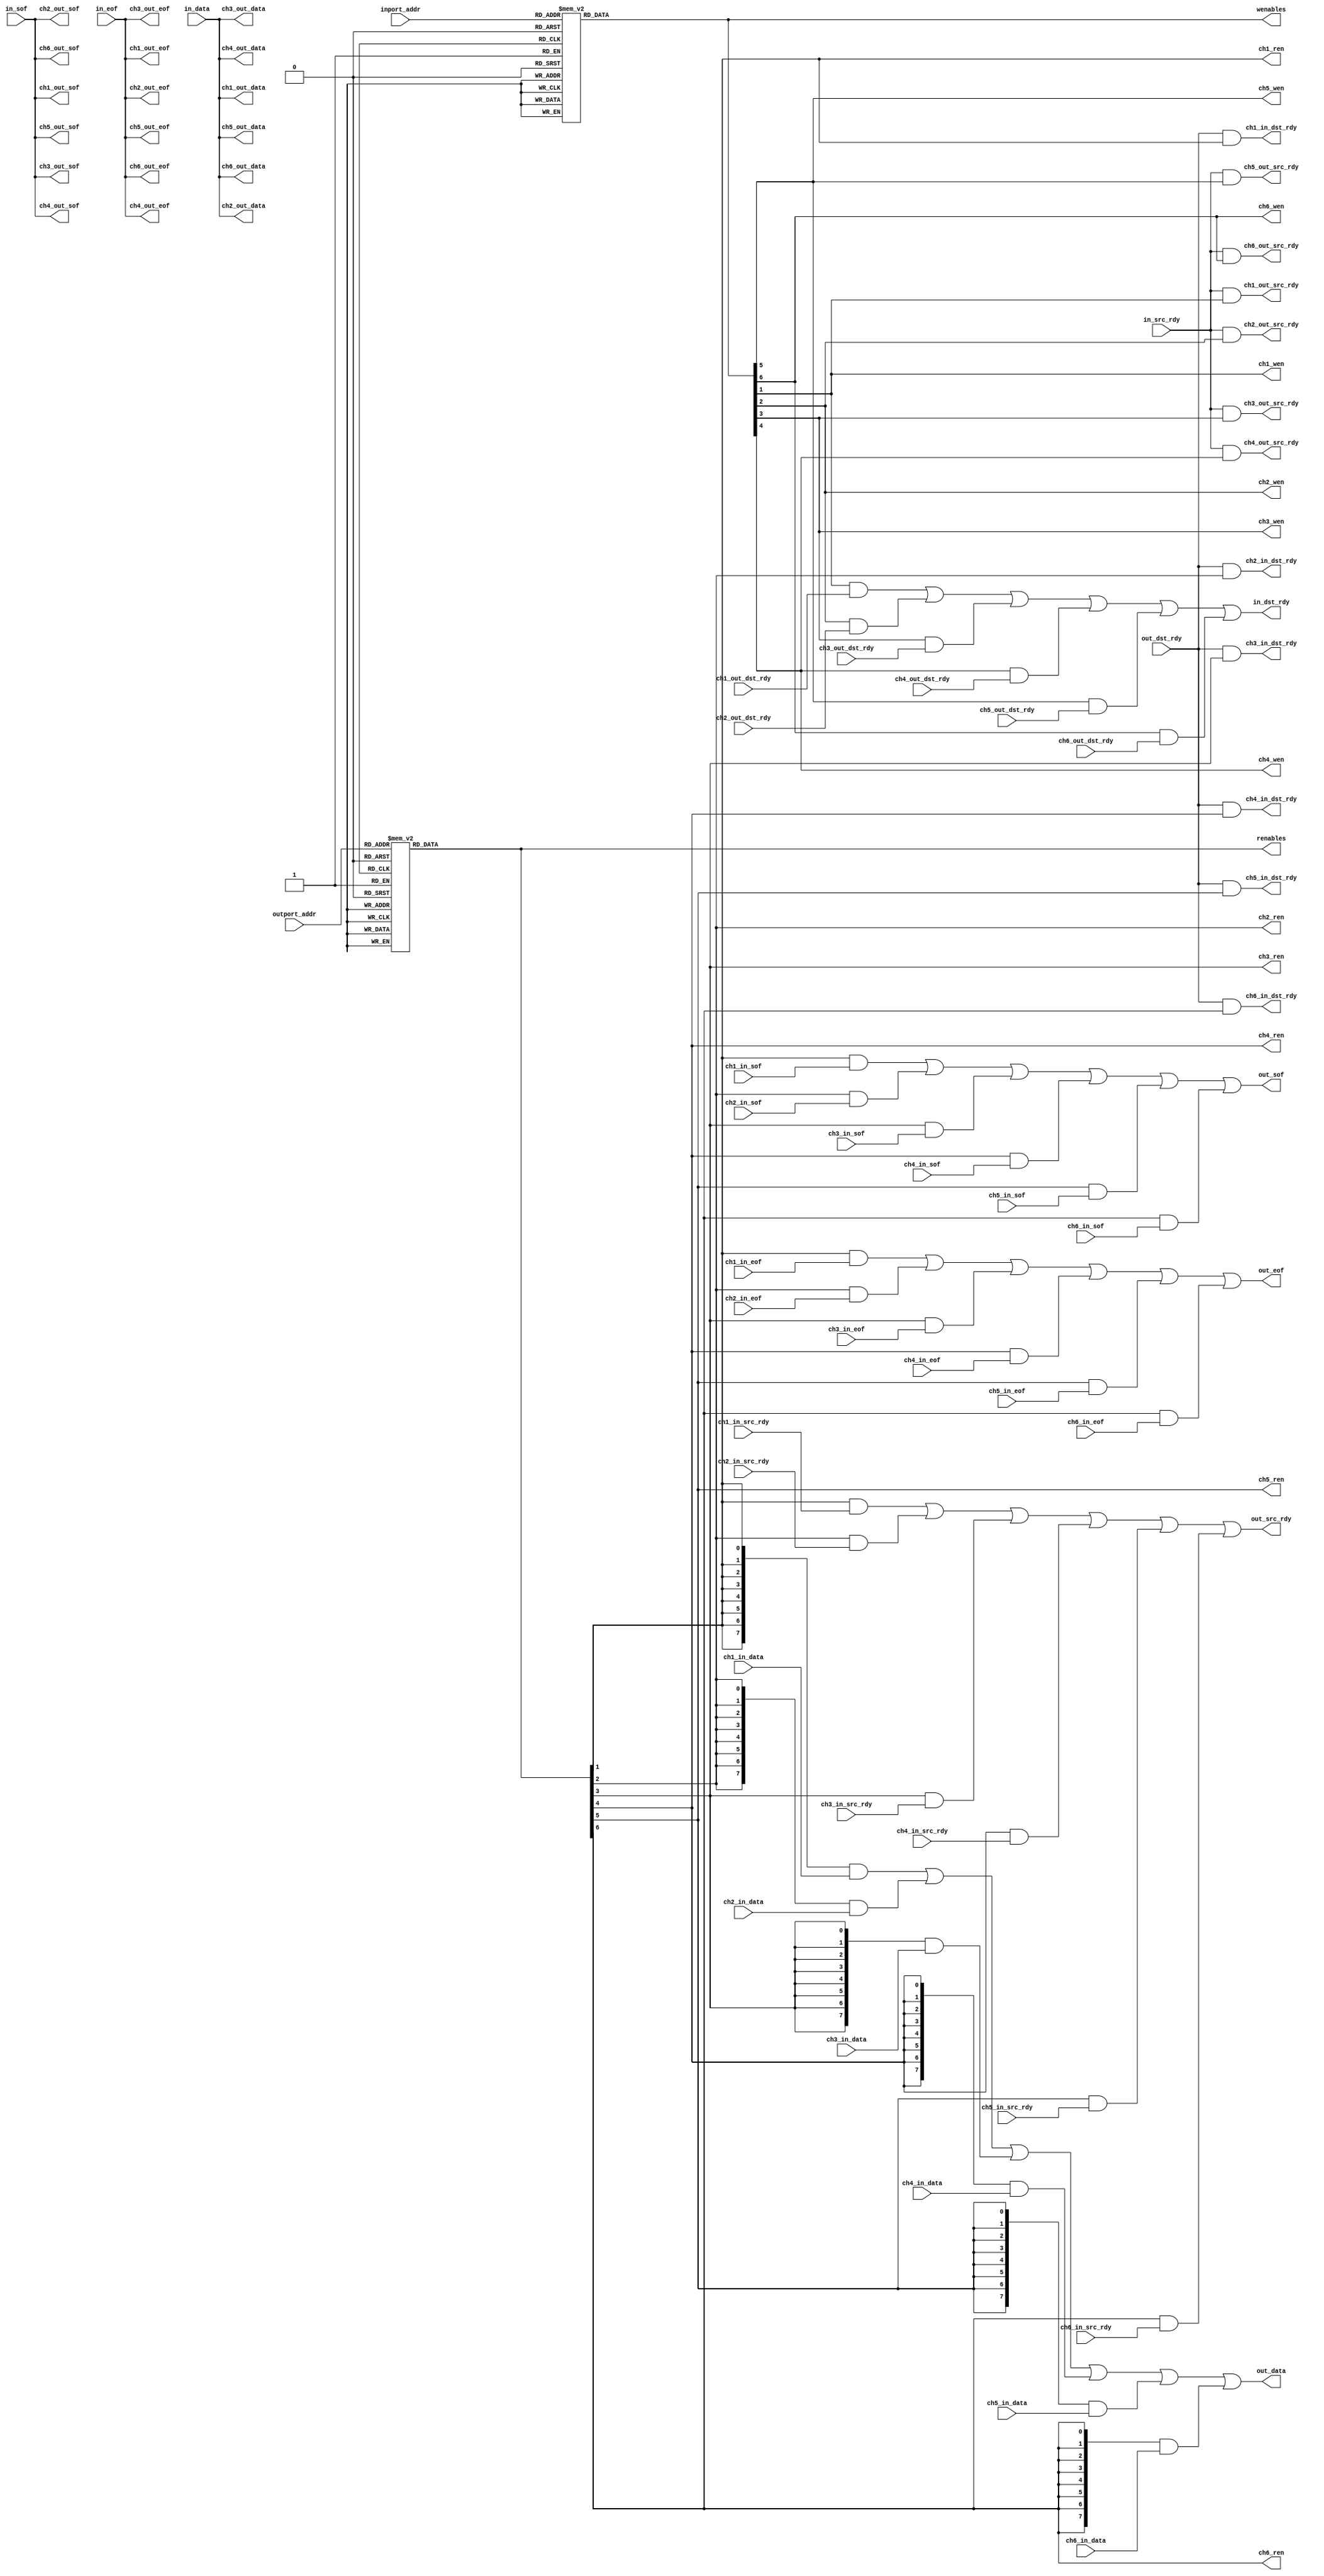
// FCP Channel Interface

module channelif6
(
	// To ethernet platform
	input					in_sof,
	input					in_eof,
	input					in_src_rdy,
	output				in_dst_rdy,
	input		[7:0]		in_data,
	input		[3:0]		inport_addr,
	output				out_sof,
	output				out_eof,
	output				out_src_rdy,
	input					out_dst_rdy,
	output	[7:0]		out_data,
	input		[3:0]		outport_addr,
	// Channel 1 
	input					ch1_in_sof,
	input					ch1_in_eof,
	input					ch1_in_src_rdy,
	output				ch1_in_dst_rdy,
	input		[7:0]		ch1_in_data,
	output				ch1_out_sof,
	output				ch1_out_eof,
	output				ch1_out_src_rdy,
	input					ch1_out_dst_rdy,
	output	[7:0]		ch1_out_data,
	output				ch1_wen,
	output				ch1_ren,
	// Channel 2 
	input					ch2_in_sof,
	input					ch2_in_eof,
	input					ch2_in_src_rdy,
	output				ch2_in_dst_rdy,
	input		[7:0]		ch2_in_data,
	output				ch2_out_sof,
	output				ch2_out_eof,
	output				ch2_out_src_rdy,
	input					ch2_out_dst_rdy,
	output	[7:0]		ch2_out_data,
	output				ch2_wen,
	output				ch2_ren,
	// Channel 3 
	input					ch3_in_sof,
	input					ch3_in_eof,
	input					ch3_in_src_rdy,
	output				ch3_in_dst_rdy,
	input		[7:0]		ch3_in_data,
	output				ch3_out_sof,
	output				ch3_out_eof,
	output				ch3_out_src_rdy,
	input					ch3_out_dst_rdy,
	output	[7:0]		ch3_out_data,
	output				ch3_wen,
	output				ch3_ren,
	// Channel 4 
	input					ch4_in_sof,
	input					ch4_in_eof,
	input					ch4_in_src_rdy,
	output				ch4_in_dst_rdy,
	input		[7:0]		ch4_in_data,
	output				ch4_out_sof,
	output				ch4_out_eof,
	output				ch4_out_src_rdy,
	input					ch4_out_dst_rdy,
	output	[7:0]		ch4_out_data,
	output				ch4_wen,
	output				ch4_ren,
	// Channel 5 
	input					ch5_in_sof,
	input					ch5_in_eof,
	input					ch5_in_src_rdy,
	output				ch5_in_dst_rdy,
	input		[7:0]		ch5_in_data,
	output				ch5_out_sof,
	output				ch5_out_eof,
	output				ch5_out_src_rdy,
	input					ch5_out_dst_rdy,
	output	[7:0]		ch5_out_data,
	output				ch5_wen,
	output				ch5_ren,
	// Channel 6 
	input					ch6_in_sof,
	input					ch6_in_eof,
	input					ch6_in_src_rdy,
	output				ch6_in_dst_rdy,
	input		[7:0]		ch6_in_data,
	output				ch6_out_sof,
	output				ch6_out_eof,
	output				ch6_out_src_rdy,
	input					ch6_out_dst_rdy,
	output	[7:0]		ch6_out_data,
	output				ch6_wen,
	output				ch6_ren,
	
	// To user logic
	output	[15:0]	wenables,
	output	[15:0]	renables
);

//-------------------------------------------------------------------------------------
//-------------------------------------------------------------------------------------
//                                          Channel-Enable Decoders
//-------------------------------------------------------------------------------------
//-------------------------------------------------------------------------------------

reg [15:0]		wenables_i;
reg [15:0]		renables_i;

always @(inport_addr)
begin
	case (inport_addr)
		4'h0 : wenables_i = 16'b0000000000000001;
		4'h1 : wenables_i = 16'b0000000000000010;
		4'h2 : wenables_i = 16'b0000000000000100;
		4'h3 : wenables_i = 16'b0000000000001000;
		4'h4 : wenables_i = 16'b0000000000010000;
		4'h5 : wenables_i = 16'b0000000000100000;
		4'h6 : wenables_i = 16'b0000000001000000;
		4'h7 : wenables_i = 16'b0000000010000000;
		4'h8 : wenables_i = 16'b0000000100000000;
		4'h9 : wenables_i = 16'b0000001000000000;
		4'hA : wenables_i = 16'b0000010000000000;
		4'hB : wenables_i = 16'b0000100000000000;
		4'hC : wenables_i = 16'b0001000000000000;
		4'hD : wenables_i = 16'b0010000000000000;
		4'hE : wenables_i = 16'b0100000000000000;
		4'hF : wenables_i = 16'b1000000000000000;
		default: wenables_i = 16'b0000000000000000;
	endcase
end

always @(outport_addr)
begin
	case (outport_addr)
		4'h0 : renables_i = 16'b0000000000000001;
		4'h1 : renables_i = 16'b0000000000000010;
		4'h2 : renables_i = 16'b0000000000000100;
		4'h3 : renables_i = 16'b0000000000001000;
		4'h4 : renables_i = 16'b0000000000010000;
		4'h5 : renables_i = 16'b0000000000100000;
		4'h6 : renables_i = 16'b0000000001000000;
		4'h7 : renables_i = 16'b0000000010000000;
		4'h8 : renables_i = 16'b0000000100000000;
		4'h9 : renables_i = 16'b0000001000000000;
		4'hA : renables_i = 16'b0000010000000000;
		4'hB : renables_i = 16'b0000100000000000;
		4'hC : renables_i = 16'b0001000000000000;
		4'hD : renables_i = 16'b0010000000000000;
		4'hE : renables_i = 16'b0100000000000000;
		4'hF : renables_i = 16'b1000000000000000;
		default: renables_i = 16'b0000000000000000;
	endcase
end

assign wenables = wenables_i;
assign renables = renables_i;


//-------------------------------------------------------------------------------------
//-------------------------------------------------------------------------------------
//                                          Multiplexers
//-------------------------------------------------------------------------------------
//-------------------------------------------------------------------------------------


assign in_dst_rdy = (ch1_wen & ch1_out_dst_rdy) | (ch2_wen & ch2_out_dst_rdy) | (ch3_wen & ch3_out_dst_rdy) | (ch4_wen & ch4_out_dst_rdy) | (ch5_wen & ch5_out_dst_rdy) | (ch6_wen & ch6_out_dst_rdy);
assign out_sof = (ch1_ren & ch1_in_sof) | (ch2_ren & ch2_in_sof) | (ch3_ren & ch3_in_sof) | (ch4_ren & ch4_in_sof) | (ch5_ren & ch5_in_sof) | (ch6_ren & ch6_in_sof);
assign out_eof = (ch1_ren & ch1_in_eof) | (ch2_ren & ch2_in_eof) | (ch3_ren & ch3_in_eof) | (ch4_ren & ch4_in_eof) | (ch5_ren & ch5_in_eof) | (ch6_ren & ch6_in_eof);
assign out_src_rdy = (ch1_ren & ch1_in_src_rdy) | (ch2_ren & ch2_in_src_rdy) | (ch3_ren & ch3_in_src_rdy) | (ch4_ren & ch4_in_src_rdy) | (ch5_ren & ch5_in_src_rdy) | (ch6_ren & ch6_in_src_rdy);
assign out_data = ({8{ch1_ren}} & ch1_in_data) | ({8{ch2_ren}} & ch2_in_data) | ({8{ch3_ren}} & ch3_in_data) | ({8{ch4_ren}} & ch4_in_data) | ({8{ch5_ren}} & ch5_in_data) | ({8{ch6_ren}} & ch6_in_data);

//-------------------------------------------------------------------------------------
//-------------------------------------------------------------------------------------
//                                          Passthroughs
//-------------------------------------------------------------------------------------
//-------------------------------------------------------------------------------------

assign ch1_in_dst_rdy = out_dst_rdy & ch1_ren;
assign ch1_out_src_rdy = in_src_rdy & ch1_wen;
assign ch1_out_sof = in_sof;
assign ch1_out_eof = in_eof;
assign ch1_out_data = in_data;
assign ch1_wen = wenables_i[1];
assign ch1_ren = renables_i[1];

assign ch2_in_dst_rdy = out_dst_rdy & ch2_ren;
assign ch2_out_src_rdy = in_src_rdy & ch2_wen;
assign ch2_out_sof = in_sof;
assign ch2_out_eof = in_eof;
assign ch2_out_data = in_data;
assign ch2_wen = wenables_i[2];
assign ch2_ren = renables_i[2];

assign ch3_in_dst_rdy = out_dst_rdy & ch3_ren;
assign ch3_out_src_rdy = in_src_rdy & ch3_wen;
assign ch3_out_sof = in_sof;
assign ch3_out_eof = in_eof;
assign ch3_out_data = in_data;
assign ch3_wen = wenables_i[3];
assign ch3_ren = renables_i[3];

assign ch4_in_dst_rdy = out_dst_rdy & ch4_ren;
assign ch4_out_src_rdy = in_src_rdy & ch4_wen;
assign ch4_out_sof = in_sof;
assign ch4_out_eof = in_eof;
assign ch4_out_data = in_data;
assign ch4_wen = wenables_i[4];
assign ch4_ren = renables_i[4];

assign ch5_in_dst_rdy = out_dst_rdy & ch5_ren;
assign ch5_out_src_rdy = in_src_rdy & ch5_wen;
assign ch5_out_sof = in_sof;
assign ch5_out_eof = in_eof;
assign ch5_out_data = in_data;
assign ch5_wen = wenables_i[5];
assign ch5_ren = renables_i[5];

assign ch6_in_dst_rdy = out_dst_rdy & ch6_ren;
assign ch6_out_src_rdy = in_src_rdy & ch6_wen;
assign ch6_out_sof = in_sof;
assign ch6_out_eof = in_eof;
assign ch6_out_data = in_data;
assign ch6_wen = wenables_i[6];
assign ch6_ren = renables_i[6];

endmodule